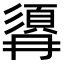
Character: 𩒹